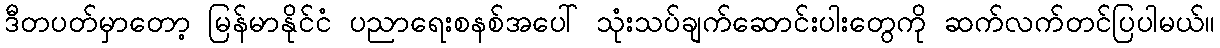
ဒီတပတ်မှာတော့ မြန်မာနိုင်ငံ ပညာရေးစနစ်အပေါ် သုံးသပ်ချက်ဆောင်းပါးတွေကို ဆက်လက်တင်ပြပါမယ်။